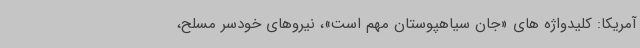
آمریکا: کلیدواژه های «جان سیاهپوستان مهم است»، نیروهای خودسر مسلح،